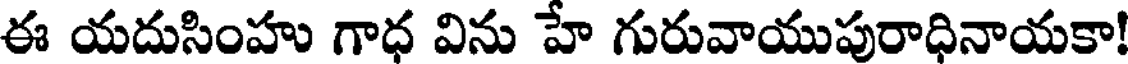
ఈ యదుసింహు గాధ విను హే గురువాయుపురాధినాయకా!